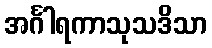
အင်္ဂါရကာသုသဒိသာ